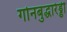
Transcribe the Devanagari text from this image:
गोनबुद्धारेड्डी